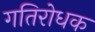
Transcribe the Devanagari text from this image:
गतिरोधक